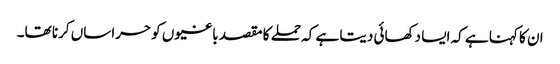
ان کا کہنا ہے کہ ایسا دکھائی دیتا ہے کہ حملے کا مقصد باغیوں کو حراساں کرنا تھا۔